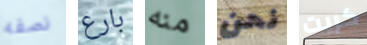
نصفه بارع منه نحن كريت